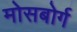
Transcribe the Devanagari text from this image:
मोसबोर्ग